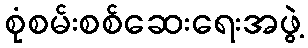
စုံစမ်းစစ်ဆေးရေးအဖွဲ့